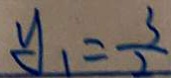
y _ { 1 } = \frac { 3 } { 2 }